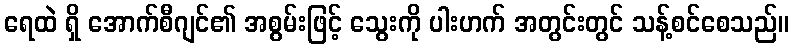
ရေထဲ ရှိ အောက်စီဂျင်၏ အစွမ်းဖြင့် သွေးကို ပါးဟက် အတွင်းတွင် သန့်စင်စေသည်။